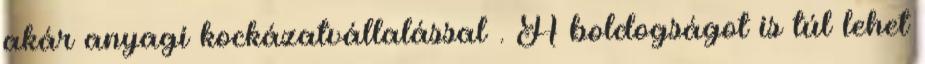
akár anyagi kockázatvállalással . A boldogságot is túl lehet